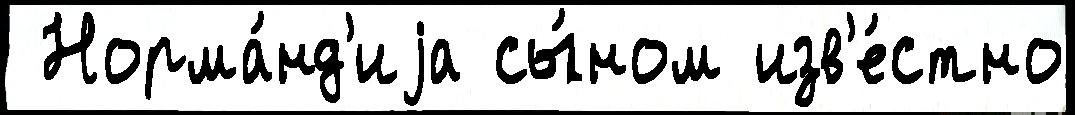
 Норма́нд'иjа сы́ном изв'е́стно